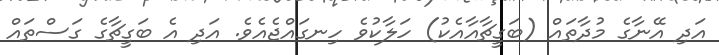
އަދި އޭނާގެ މުދާތައް (ބަގީޗާއާއެކު) ހަލާކުވެ ހިނގައްޖެއެވެ. އަދި އެ ބަގީޗާގެ ގަސްތައް